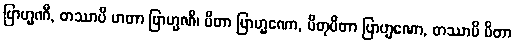
ဗြာဟ္မဏီ, တဿာပိ မာတာ ဗြာဟ္မဏီ၊ ပိတာ ဗြာဟ္မဏော, ပိတုပိတာ ဗြာဟ္မဏော, တဿာပိ ပိတာ